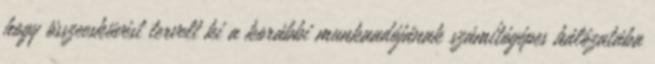
hogy összeesküvést tervelt ki a korábbi munkaadójának számítógépes hálózatába